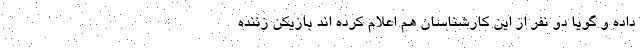
داده و گویا دو نفر از این کارشناسان هم اعلام کرده اند بازیکن زننده